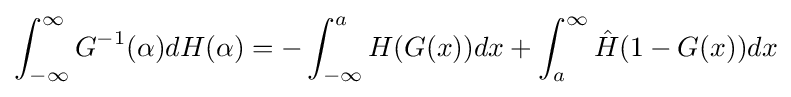
\int _{-\infty }^{\infty }G^{-1}(\alpha )dH(\alpha )=-\int _{-\infty }^{a}H(G(x))dx+\int _{a}^{\infty }{\hat {H}}(1-G(x))dx